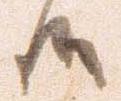
候